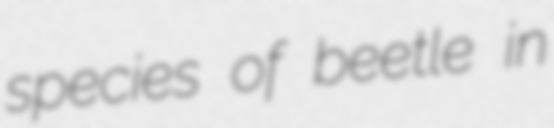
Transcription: species of beetle in